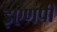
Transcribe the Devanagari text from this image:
इएणपी